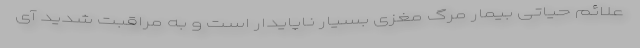
علائم حیاتی بیمار مرگ مغزی بسیار ناپایدار است و به مراقبت شدید آی